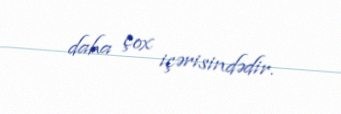
daha çox içərisindədir.